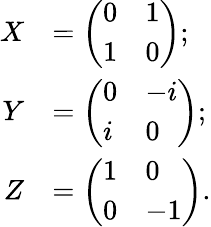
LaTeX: {\begin{array}{rl}{X}&{={\left(\begin{array}{ll}{0}&{1}\\ {1}&{0}\end{array}\right)};}\\ {Y}&{={\left(\begin{array}{ll}{0}&{-i}\\ {i}&{0}\end{array}\right)};}\\ {Z}&{={\left(\begin{array}{ll}{1}&{0}\\ {0}&{-1}\end{array}\right)}.}\end{array}}